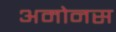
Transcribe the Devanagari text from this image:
अमोनस